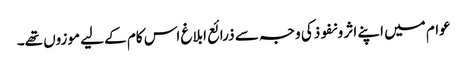
عوام میں اپنے اثر و نفوذکی وجہ سے ذرائع ابلاغ اس کام کے لیے موزوں تھے۔